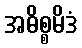
အဓိစ္စမိဒံ